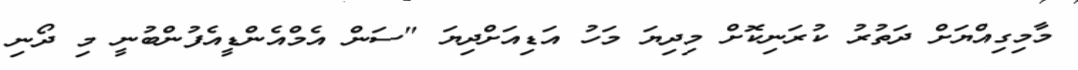
މާމިގިއްޔަށް ދަތުރު ކުރަނިކޮށް މިދިޔަ މަހު އަޑިއަށްދިޔަ "ސަން އެމްއެންޑީއެފުންބުނީ މި ދޯނި